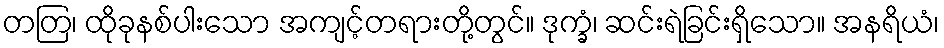
တတြ၊ ထိုခုနစ်ပါးသော အကျင့်တရားတို့တွင်။ ဒုက္ခံ၊ ဆင်းရဲခြင်းရှိသော။ အနရိယံ၊